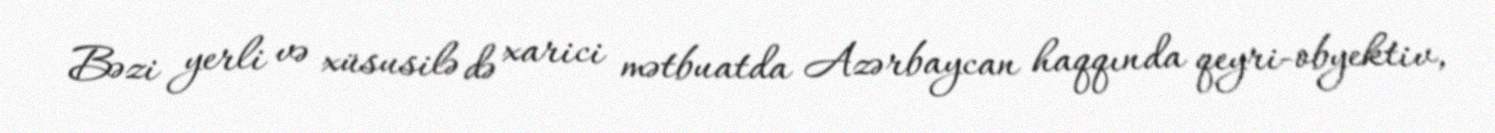
Bəzi yerli və xüsusilə də xarici mətbuatda Azərbaycan haqqında qeyri-obyektiv,